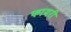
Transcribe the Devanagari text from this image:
फायरी